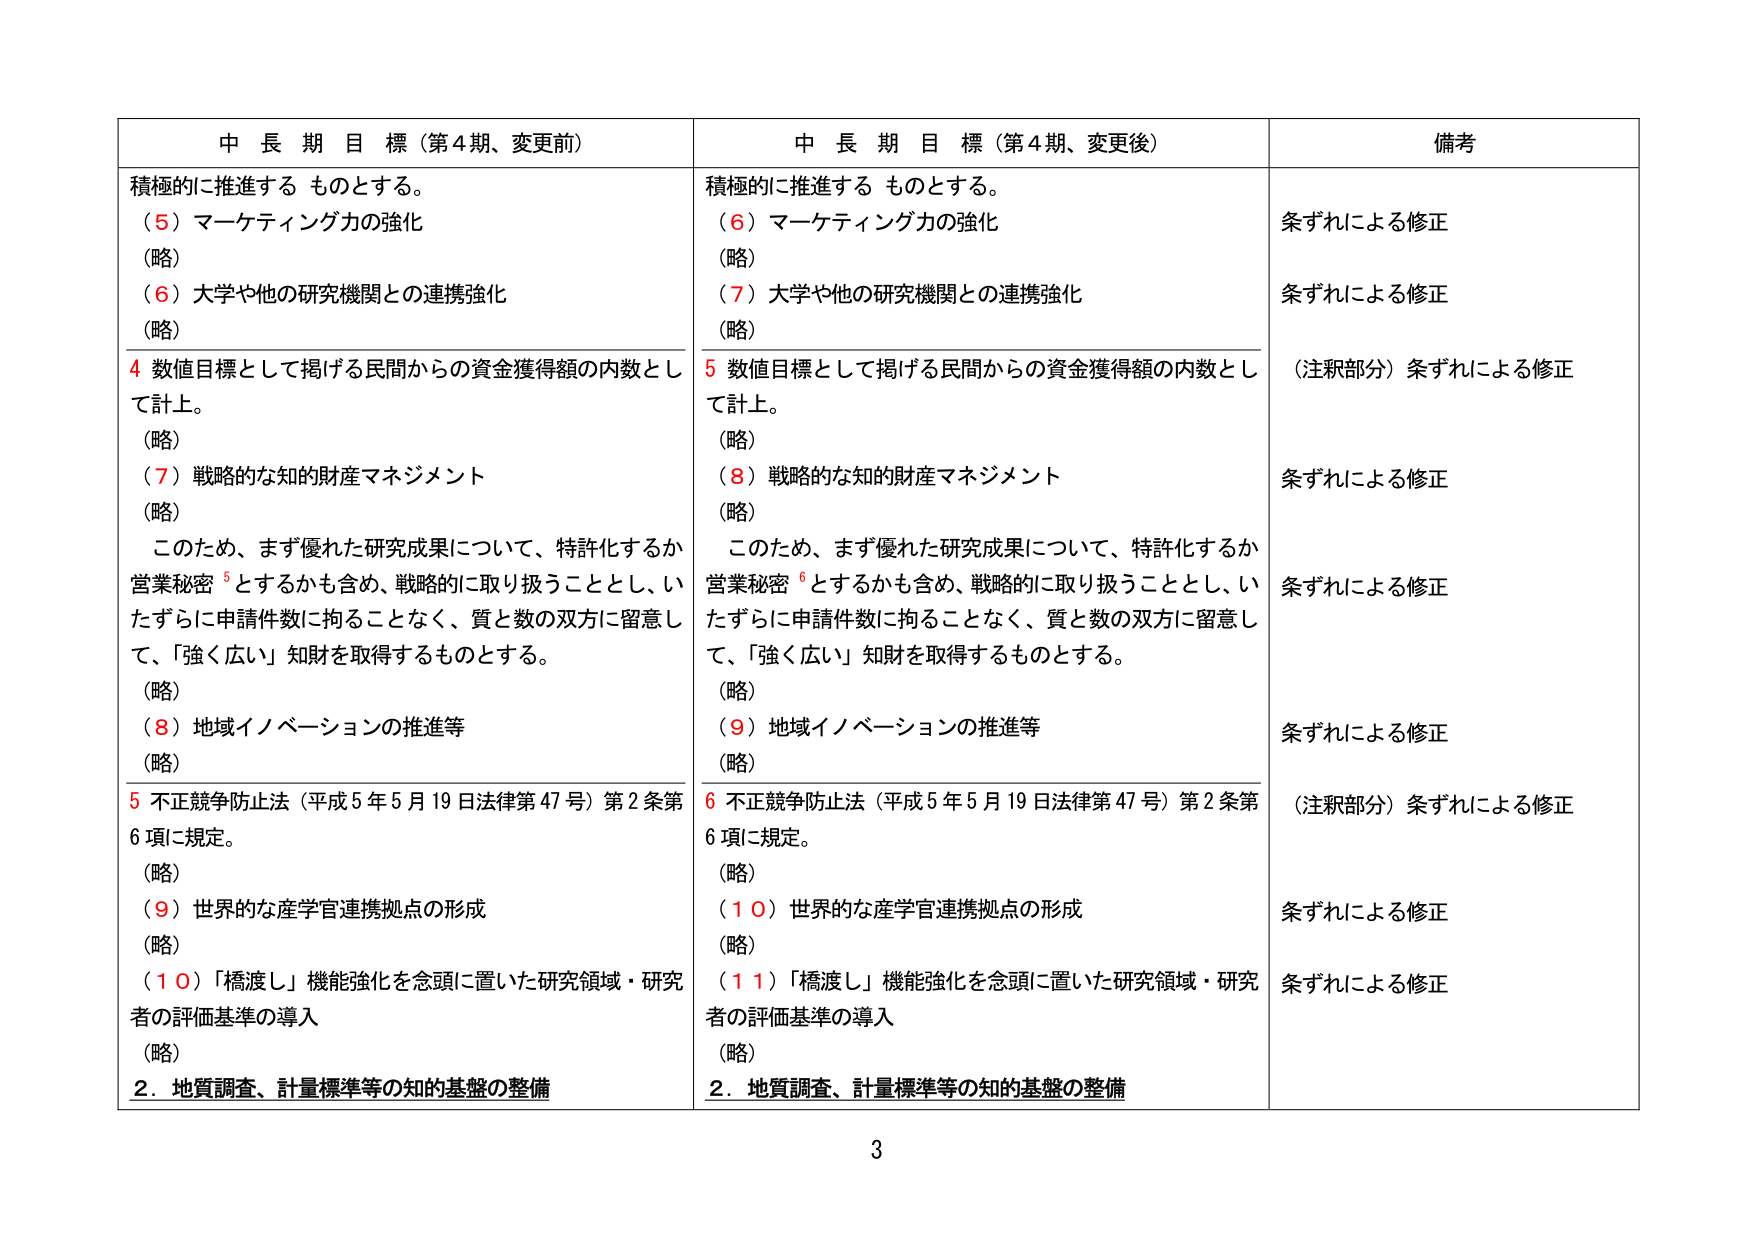
中長期目標（第4期、変更前）
積極的に推進する ものとする。
（５）マーケティング力の強化
（略）
（６）大学や他の研究機関との連携強化
（略）
４ 数値目標として掲げる民間からの資金獲得額の内数として計上。
（略）
（７）戦略的な知的財産マネジメント
（略）
このため、まず優れた研究成果について、特許化するか営業秘密⁵とするかも含め、戦略的に取り扱うこととし、いたずらに申請件数に拘ることなく、質と数の双方に留意して、「強く広い」知財を取得するものとする。
（略）
（８）地域イノベーションの推進等
（略）
５ 不正競争防止法（平成５年５月19日法律第47号）第2条第6項に規定。
（略）
（９）世界的な産学官連携拠点の形成
（略）
（１０）「橋渡し」機能強化を念頭に置いた研究領域・研究者の評価基準の導入
（略）
２．地質調査、計量標準等の知的基盤の整備

中長期目標（第4期、変更後）
積極的に推進する ものとする。
（６）マーケティング力の強化
（略）
（７）大学や他の研究機関との連携強化
（略）
５ 数値目標として掲げる民間からの資金獲得額の内数として計上。
（略）
（８）戦略的な知的財産マネジメント
（略）
このため、まず優れた研究成果について、特許化するか営業秘密⁶とするかも含め、戦略的に取り扱うこととし、いたずらに申請件数に拘ることなく、質と数の双方に留意して、「強く広い」知財を取得するものとする。
（略）
（９）地域イノベーションの推進等
（略）
６ 不正競争防止法（平成５年５月19日法律第47号）第2条第6項に規定。
（略）
（１０）世界的な産学官連携拠点の形成
（略）
（１１）「橋渡し」機能強化を念頭に置いた研究領域・研究者の評価基準の導入
（略）
２．地質調査、計量標準等の知的基盤の整備

備考
条ずれによる修正
条ずれによる修正
（注釈部分）条ずれによる修正
条ずれによる修正
条ずれによる修正
条ずれによる修正
（注釈部分）条ずれによる修正
条ずれによる修正
条ずれによる修正

3